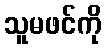
သူမဖင်ကို